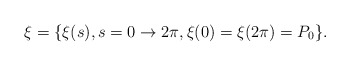
\begin{align*}\xi = \{\xi(s), s = 0 \rightarrow 2\pi, \xi(0) = \xi(2\pi) = P_0 \}.\end{align*}